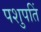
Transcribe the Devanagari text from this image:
पशुपतिं